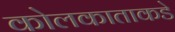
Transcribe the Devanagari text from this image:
कोलकाताकडे